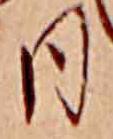
日